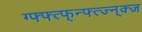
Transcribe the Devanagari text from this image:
ग्फ्फ्त्फ्न्फ्त्ज्न्क्ज